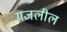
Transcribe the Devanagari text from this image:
गजलील